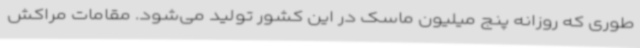
طوری که روزانه پنج میلیون ماسک در این کشور تولید می‌شود. مقامات مراکش